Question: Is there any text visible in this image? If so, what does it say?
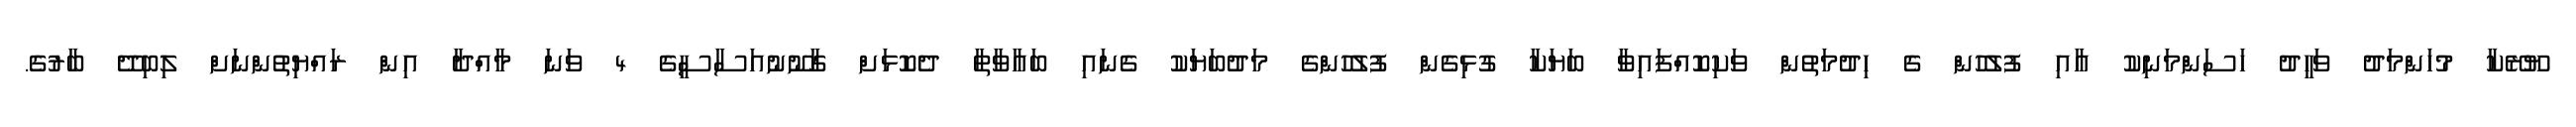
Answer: ޔޫރޭކާ މުހަންމަދު ވަހީދު ހަސަންމަނިކު އާއި ފުލުހުން ގެ ހިދުމަތުން ވަކިކޮއްފައިވާ ބަޔަކާ ގުޅިގެން ފުލުހުންގެ މަދުބަޔަކު ގެނައި ބައާވާތާ ދެކޮޅަށް ގާނޫނުއަސާސީގެ 4 ވަނަ މާއްދާ އިން ރައްޔިތުންނަށް ލިބިދޭ ބާރުގެ.